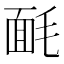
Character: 𣮿